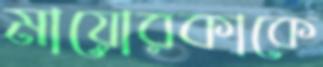
মায়োরকাকে